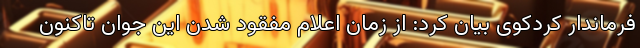
فرماندار کردکوی بیان کرد: از زمان اعلام مفقود شدن این جوان تاکنون